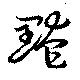
黤